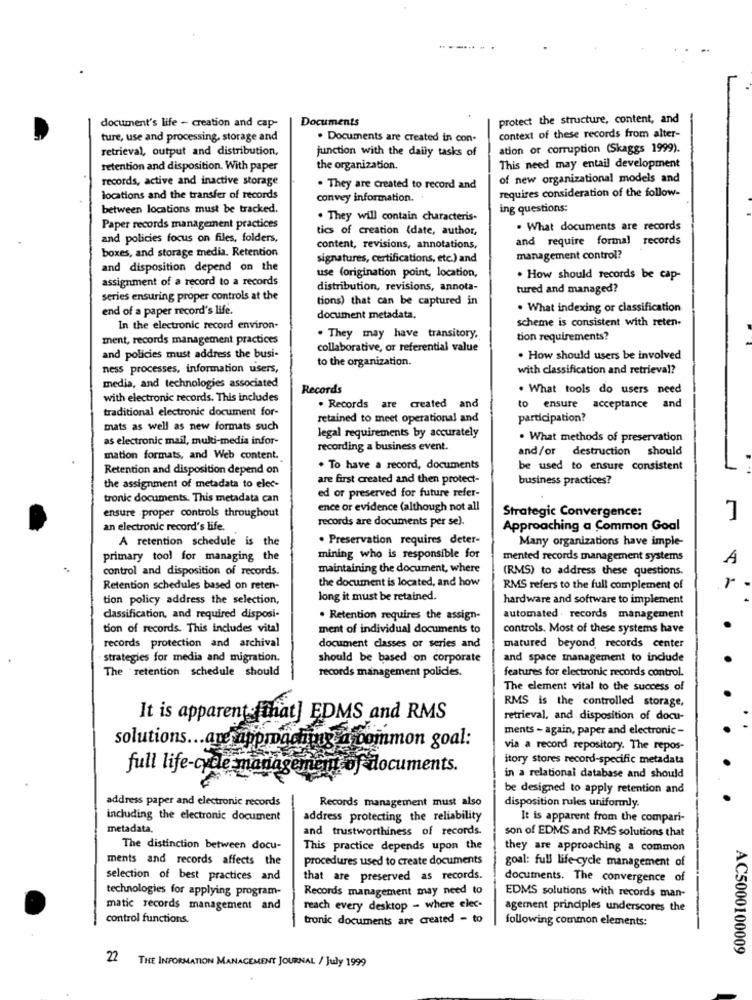
Documents
protect the structure, content, and
document's life - creation and cap-
ture, use and processing, storage and
. Documents are created in con-
context of these records from alter-
retrieval, output and distribution,
ation or corruption (Skaggs 1999).
junction with the daily tasks of
retention and disposition. With paper
the organization.
This need may entail development
records, active and inactive storage
of new organizational models and
. They are created to record and
requires consideration of the follow-
locations and the transfer of records
convey information. .
between locations must be tracked.
ing questions:
. They will contain characteris-
Paper records management practices
tics of creation {date, author,
. What documents are records
and policies focus on files, folders,
and require formal records
boxes, and storage media. Retention
content, revisions, annotations,
signatures, certifications, etc.) and
management control?
and disposition depend on the
use (origination point, location,
assignment of a record to a records
. How should records be cap-
distribution, revisions, annota-
tured and managed?
series ensuring proper controls at the
tions) that can be captured in
end of a paper record's life.
. What indexing or classification
document metadata.
scheme is consistent with reten-
In the electronic record environ-
ment, records management practices
. They may have transitory,
tion requirements?
collaborative, or referential value
and policies must address the busi-
to the organization.
. How should users be involved
ness processes, information users,
with classification and retrieval?
media, and technologies associated
Records
. What tools do users need
with electronic records. This includes
and
traditional electronic document for-
. Records are created and
to ensure acceptance
retained to meet operational and
participation?
mats as well as new formats such
as electronic mail, multi-media infor-
legal requirements by accurately
. What methods of preservation
recording a business event.
and/or destruction should
mation formats, and Web content.
Retention and disposition depend on
. To have a record, documents
be used to ensure consistent
are first created and then protect-
business practices?
the assignment of metadata to elec-
ed or preserved for future refer-
tronic documents. This metadata can
ence or evidence (although not all
Strategic Convergence:
ensure proper controls throughout
records are documents per se).
an electronic record's life.
Approaching a Common Goal
A retention schedule is the
. Preservation requires deter-
Many organizations have imple-
primary tool for managing the
mining who is responsible for
mented records management systems
A
control and disposition of records.
maintaining the document, where
(RMS) to address these questions.
the document is located, and how
Retention schedules based on reten-
RMS refers to the full complement of
tion policy address the selection,
long it must be retained.
hardware and software to implement
classification, and required disposi-
. Retention requires the assign-
automated . records management
tion of records. This includes vital
ment of individual documents to
controls. Most of these systems have
records protection and archival
document classes or series and
matured beyond records center
strategies for media and migration.
should be based on corporate
and space Inanagement to include
The retention schedule should
records management policies.
features for electronic records control.
The element vital to the success of
RMS is the controlled storage,
It is apparent fmhat] EDMS and RMS
retrieval, and disposition of docu-
ments - again, paper and electronic -
solutions ... are approach
a common goal:
via a record repository. The repos-
itory stores record-specific metadata
full life-cycle management of documents.
in a relational database and should
be designed to apply retention and
address paper and electronic records
Records management must also
disposition rules uniformly.
including the electronic document
address protecting the reliability
It is apparent from the compari-
metadata,
and trustworthiness of records.
son of EDMS and RMS solutions that
The distinction between docu-
This practice depends upon the
they are approaching a common
ments and records affects the
procedures used to create documents
goal: full life-cycle management of
selection of best practices and
that are preserved as records.
documents. The convergence of
technologies for applying program-
Records management may need to
EDMS solutions with records man-
matic records management and
reach every desktop - where elec-
agement principles underscores the
control functions.
tronic documents are created - to
following common elements:
-
AC5000100009
22 THE INFORMATION MANAGEMENT JOURNAL / July 1999